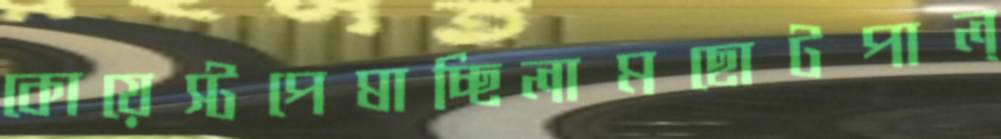
কোয়েস্টপেষাচ্ছিলামছোটপাল্